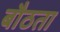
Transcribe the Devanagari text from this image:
बौठता